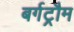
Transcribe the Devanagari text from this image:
बर्गट्रौम